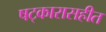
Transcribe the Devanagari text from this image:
षट्कारासहीत